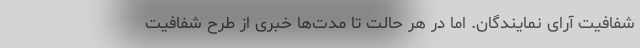
شفافیت آرای نمایندگان. اما در هر حالت تا مدت‌ها خبری از طرح شفافیت